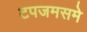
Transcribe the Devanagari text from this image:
टपजमसमे